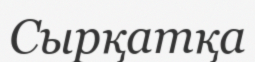
Сырқатқа